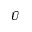
\bar { U }